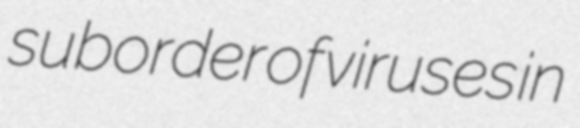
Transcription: suborder of viruses in